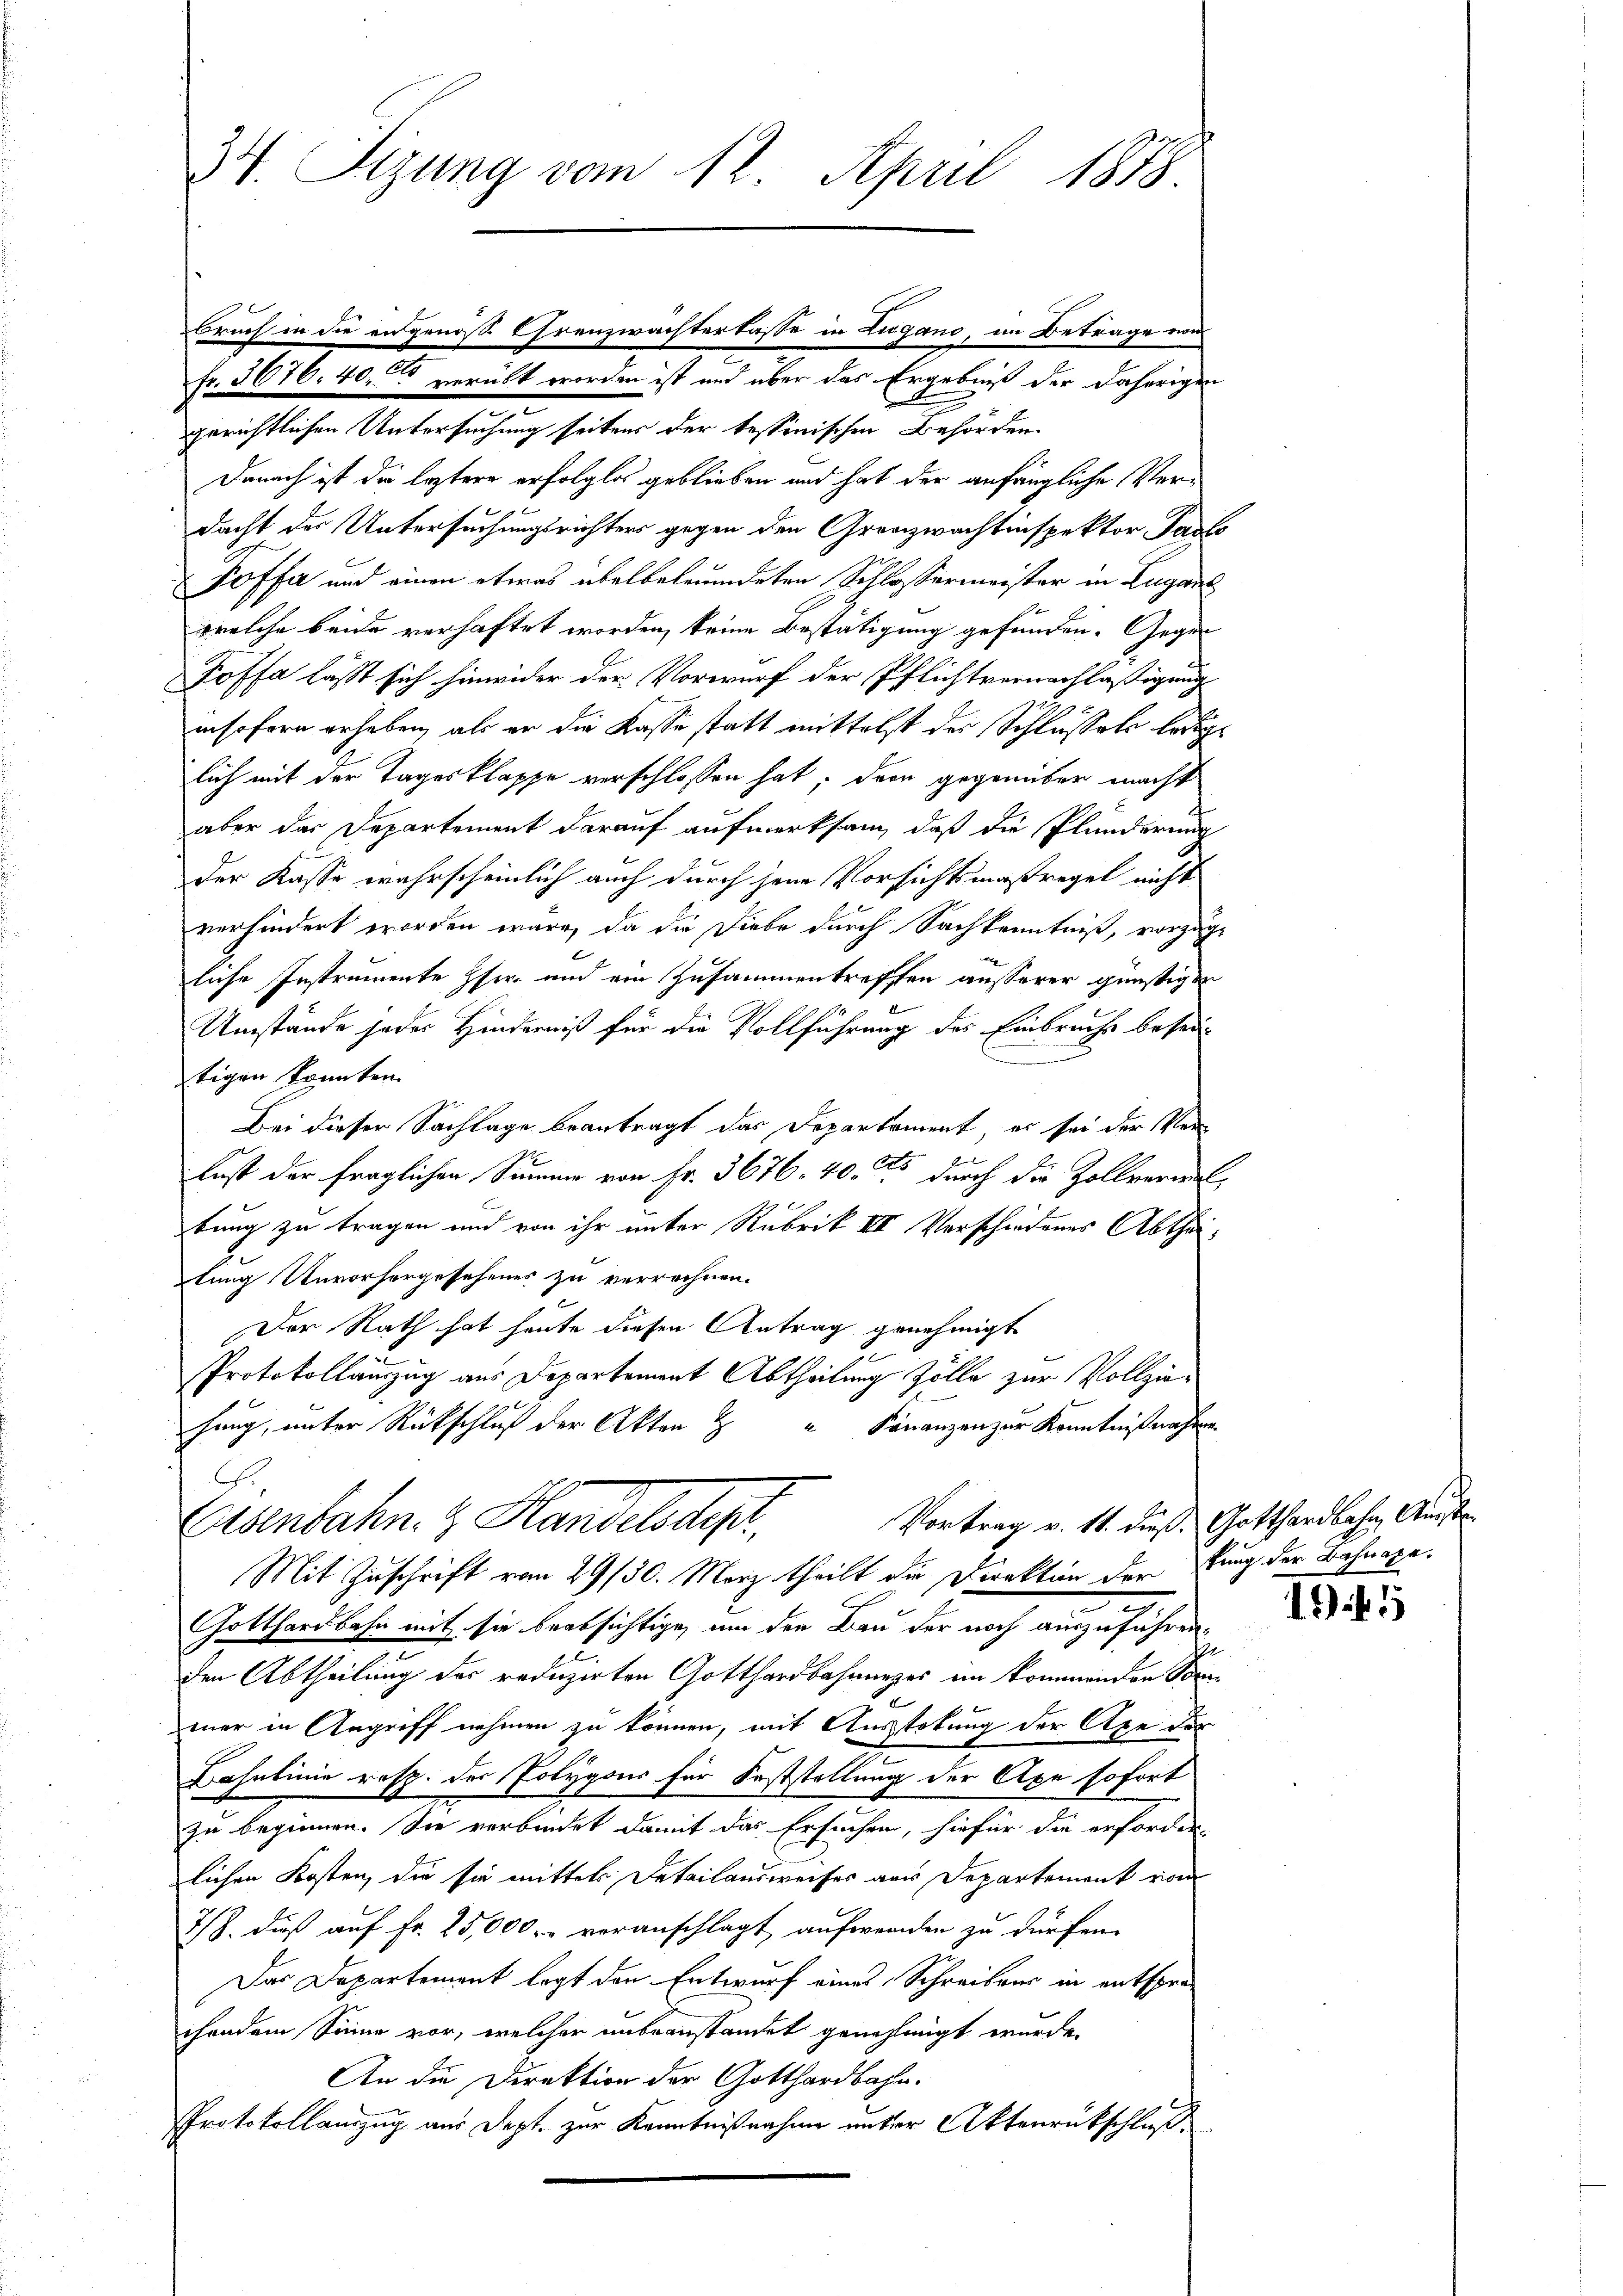
34. Sizung vom 12. April 1878.

gerichtlichen Untersuchung seitens der tessinischen Behörden.
Danach ist die leztere erfolglos geblieben und hat der anfängliche Verdacht des Untersuchungsrichters gegen den Grenzwachtinspektor Pauls
Poffa und einen etwas übelbeleumdeten Schlossermeister in Lugan
welche beide verhaftet worden, keine Bestätigung gefunden. Gegen
Poffa läßt sich hinwider der Vorwurf der Pflichtvernachläßigung
insofern erheben, als er die Kasse statt mittelst des Schlussels lediglich mit der Tagesklappe verschlossen hat, dem gegenüber macht
aber der Departement darauf aufmerksam, daß die Plunderung
der Kasse wahrscheinlich auch durch jene Vorsichtsmaßregel nicht
verhindert worden wäre, da die Diebe durch Sachkenntniß, vorzuge
liche Instrumente her und ein Zusammentreffen ausserer günstigen
Umstände jedes Hinderniß für die Vollführung des Einbruche beseitigen konnten
Bei dieser Sachlage beantragt das Deparkoment, es sei der Ver¬
Lust der fraglichen Summier von Fr. 3676. 40 des durch die Zollvermit
tung zu tragen und von ihr unter Rubrik III Verschiedenes Abtheitung Unvorhergesehenes zu verrechnen.
Der Rath hat heute diesen Antrag genehmigt
Protokollauszug aus Departement Abtheilung Zölle zur Vollziehang, unter Rückschluß der Akten Z
Finanzen zur Kenntnißnahme
Vortrag v. 11. dieß Gotthardbahn, Amste
Eisenbahn & Handelsdepr
Mit Zuschrift vom 29/30. März theilt die Direktion der fung der Bahnapee
2
Gotthardbahn mit sie beabsichtige, um den Bau der noch auszuführen,
den Abtheilung des reduzirten Gotthardbahnunges im kommenden Vormer in Angriff nehmen zu können, mit Ausstokung der Alpe der
Bahnlinie resp. der Polygons für Feststellung der Ape sofort
zu beginnen. Sie verbindet damit das Ersuchen, hiefür die erforder-
lichen Kosten, die sie mittels Detailansweises aus Departement von
7/8. dieß auf Fr. 25,000. veranschlagt, aufwenden zu dürfen.
Das Departement legt den Entwurf eines Schreibens in entsprec
chendem Sinne vor, welcher unbeanstandet genehmigt wurde.
An die Direktion der Gotthardbahn.
Protokollauszug aus Sept. zur Kenntnißnahme unter Aktenrückschluß

Bruch in die angenosse Franzwachterlasse in Zugano, im Betrage von
Fr. 3676. 40. verübt worden ist und über das Ergebniß der daherigen

1945